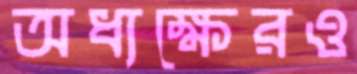
অধ্যক্ষেরও